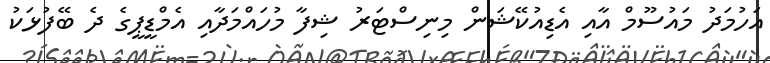
އަހުމަދު މައުސޫމް އާއި އެޑިއުކޭޝަން މިނިސްޓަރު ޝިފާ މުހައްމަދާއި އެމްޑީޕީގެ ދެ ބޭފުޅަކު